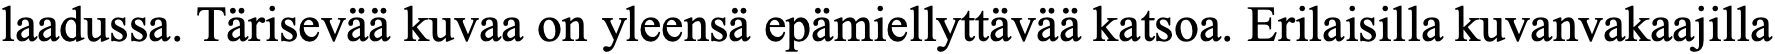
laadussa. Tärisevää kuvaa on yleensä epämiellyttävää katsoa. Erilaisilla kuvanvakaajilla